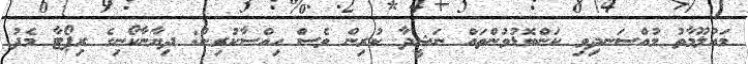
މައުލޫމާތު މުއްސަނދިވި ކަންބޮޑުވުންތައް ނަޝީދާ ކުރިން ވެސް ހިއްސާކުރިން: ދިޔާނާކޯނިގެ ރިޕޯޓާ މެދު